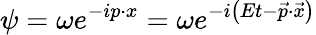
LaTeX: \psi=\omega e^{-ip\cdot x}=\omega e^{-i\left(Et-{\vec{p}}\cdot{\vec{x}}\right)}